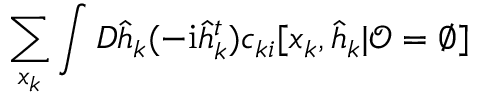
\sum _ { \boldsymbol { x } _ { k } } \int D \hat { \boldsymbol { h } } _ { k } ( - \mathrm { i } \hat { h } _ { k } ^ { t } ) c _ { k i } [ \boldsymbol { x } _ { k } , \hat { \boldsymbol { h } } _ { k } | \boldsymbol { \mathcal { O } } = \emptyset ]